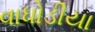
વાધોડીયા